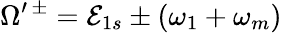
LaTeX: \Omega^{\prime\, \pm}=\mathcal{E}_{1s}\pm(\omega_{1}+\omega_{m})